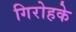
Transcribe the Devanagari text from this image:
गिरोहके